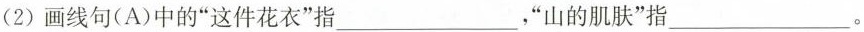
(2)画线句(A)中的”这件花衣”指，___”山的肌肤”指___。